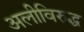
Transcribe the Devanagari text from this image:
अलीविरुद्ध